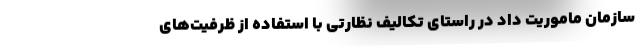
سازمان ماموریت داد در راستای تکالیف نظارتی با استفاده از ظرفیت‌های